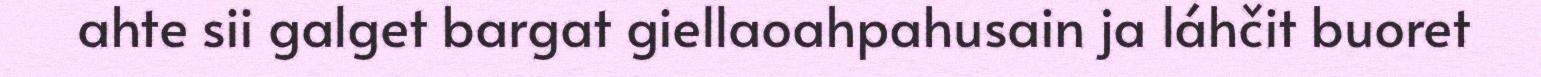
ahte sii galget bargat giellaoahpahusain ja láhčit buoret